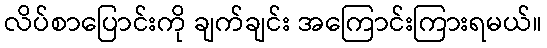
လိပ်စာပြောင်းကို ချက်ချင်း အကြောင်းကြားရမယ်။